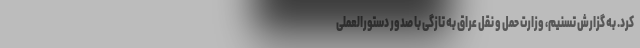
کرد. به گزارش تسنیم، وزارت حمل و نقل عراق به تازگی با صدور دستورالعملی